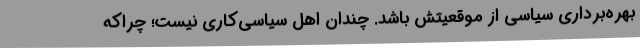
بهره‌برداری سیاسی از موقعیتش باشد. چندان اهل سیاسی‌کاری نیست؛ چراکه